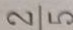
\frac { 2 } { 5 }